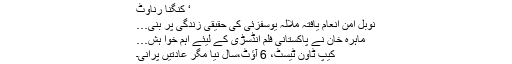
‘ کنگنا رناوٹ
نوبل امن انعام یافتہ ملالہ یوسفزئی کی حقیقی زندگی پر بنی…
ماہرہ خان نے پاکستانی فلم انڈسڑی کے لیئے اہم خوا ہش…
کیپ ٹاون ٹیسٹ، 6 آؤٹ،سال نیا مگر عادتیں پرانی۔